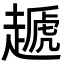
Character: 䞾